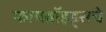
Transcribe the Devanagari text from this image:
फायब्रॉइड्सचे